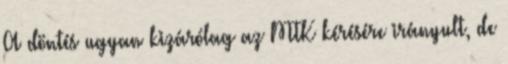
A döntés ugyan kizárólag az MTK kérésére irányult, de